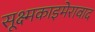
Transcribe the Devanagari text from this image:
सूक्ष्मकाइमेरावाद